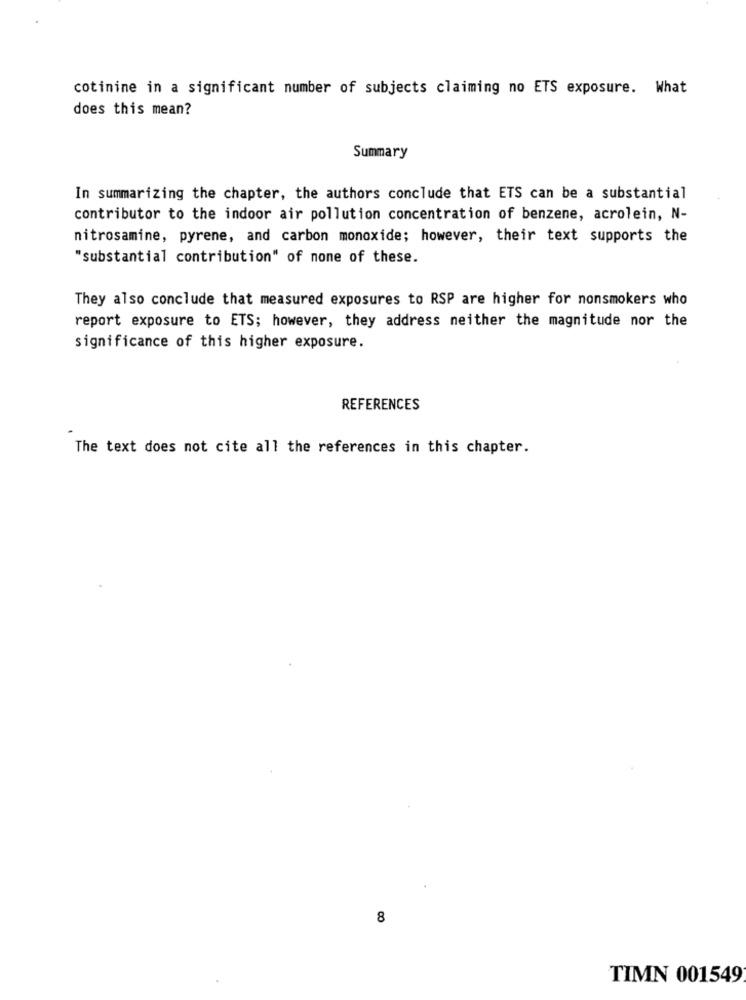
cotinine in a significant number of subjects claiming no ETS exposure. What
does this mean?
Summary
In summarizing the chapter, the authors conclude that ETS can be a substantial
contributor to the indoor air pollution concentration of benzene, acrolein, N-
nitrosamine, pyrene, and carbon monoxide; however, their text supports the
"substantial contribution" of none of these.
They also conclude that measured exposures to RSP are higher for nonsmokers who
report exposure to ETS; however, they address neither the magnitude nor the
significance of this higher exposure.
REFERENCES
The text does not cite all the references in this chapter.
8
TIMN 001549